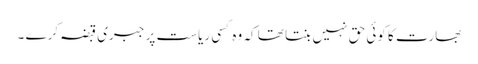
بھارت کا کوئی حق نہیں بنتا تھا کہ وہ کسی ریاست پر جبری قبضہ کرے ۔